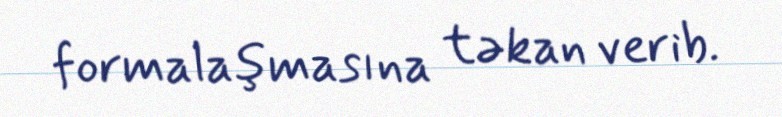
formalaşmasına təkan verib.